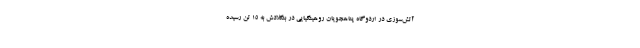
آتش‌سوزی در اردوگاه پناهجویان روهینگیایی در بنگلادش به ۱۵ تن رسیده